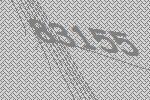
83155